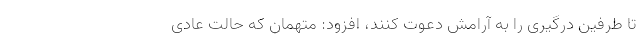
تا طرفین درگیری را به آرامش دعوت کنند، افزود: متهمان که حالت عادی